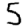
Digit: 5